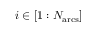
i \in \left[ 1 : N _ { \mathrm { a r c s } } \right]